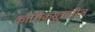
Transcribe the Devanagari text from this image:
कौशिकसूत्रातील